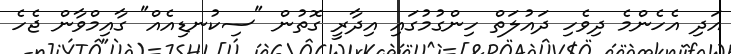
އަދި އެހެންމެ ދިވެހި ދައުލަތް ހިންގުމުގައި އިދާރީ ގޮތުން "ސިކުނޑިއެއް" ގާއިމްވާން ޖެހެ